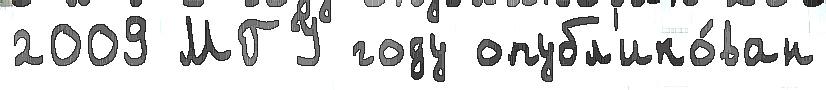
2009 МГУ году опубл'ико́ван